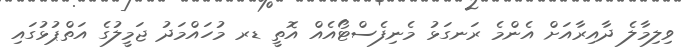
ވިލިމާލެ ދާއިރާއަށް އެންމެ ރަނގަޅު މެނިފެސްޓޯއެއް އޮތީ ޑރ މުހައްމަދު ޖަމީލުގެ އަތްޕުޅުގައި